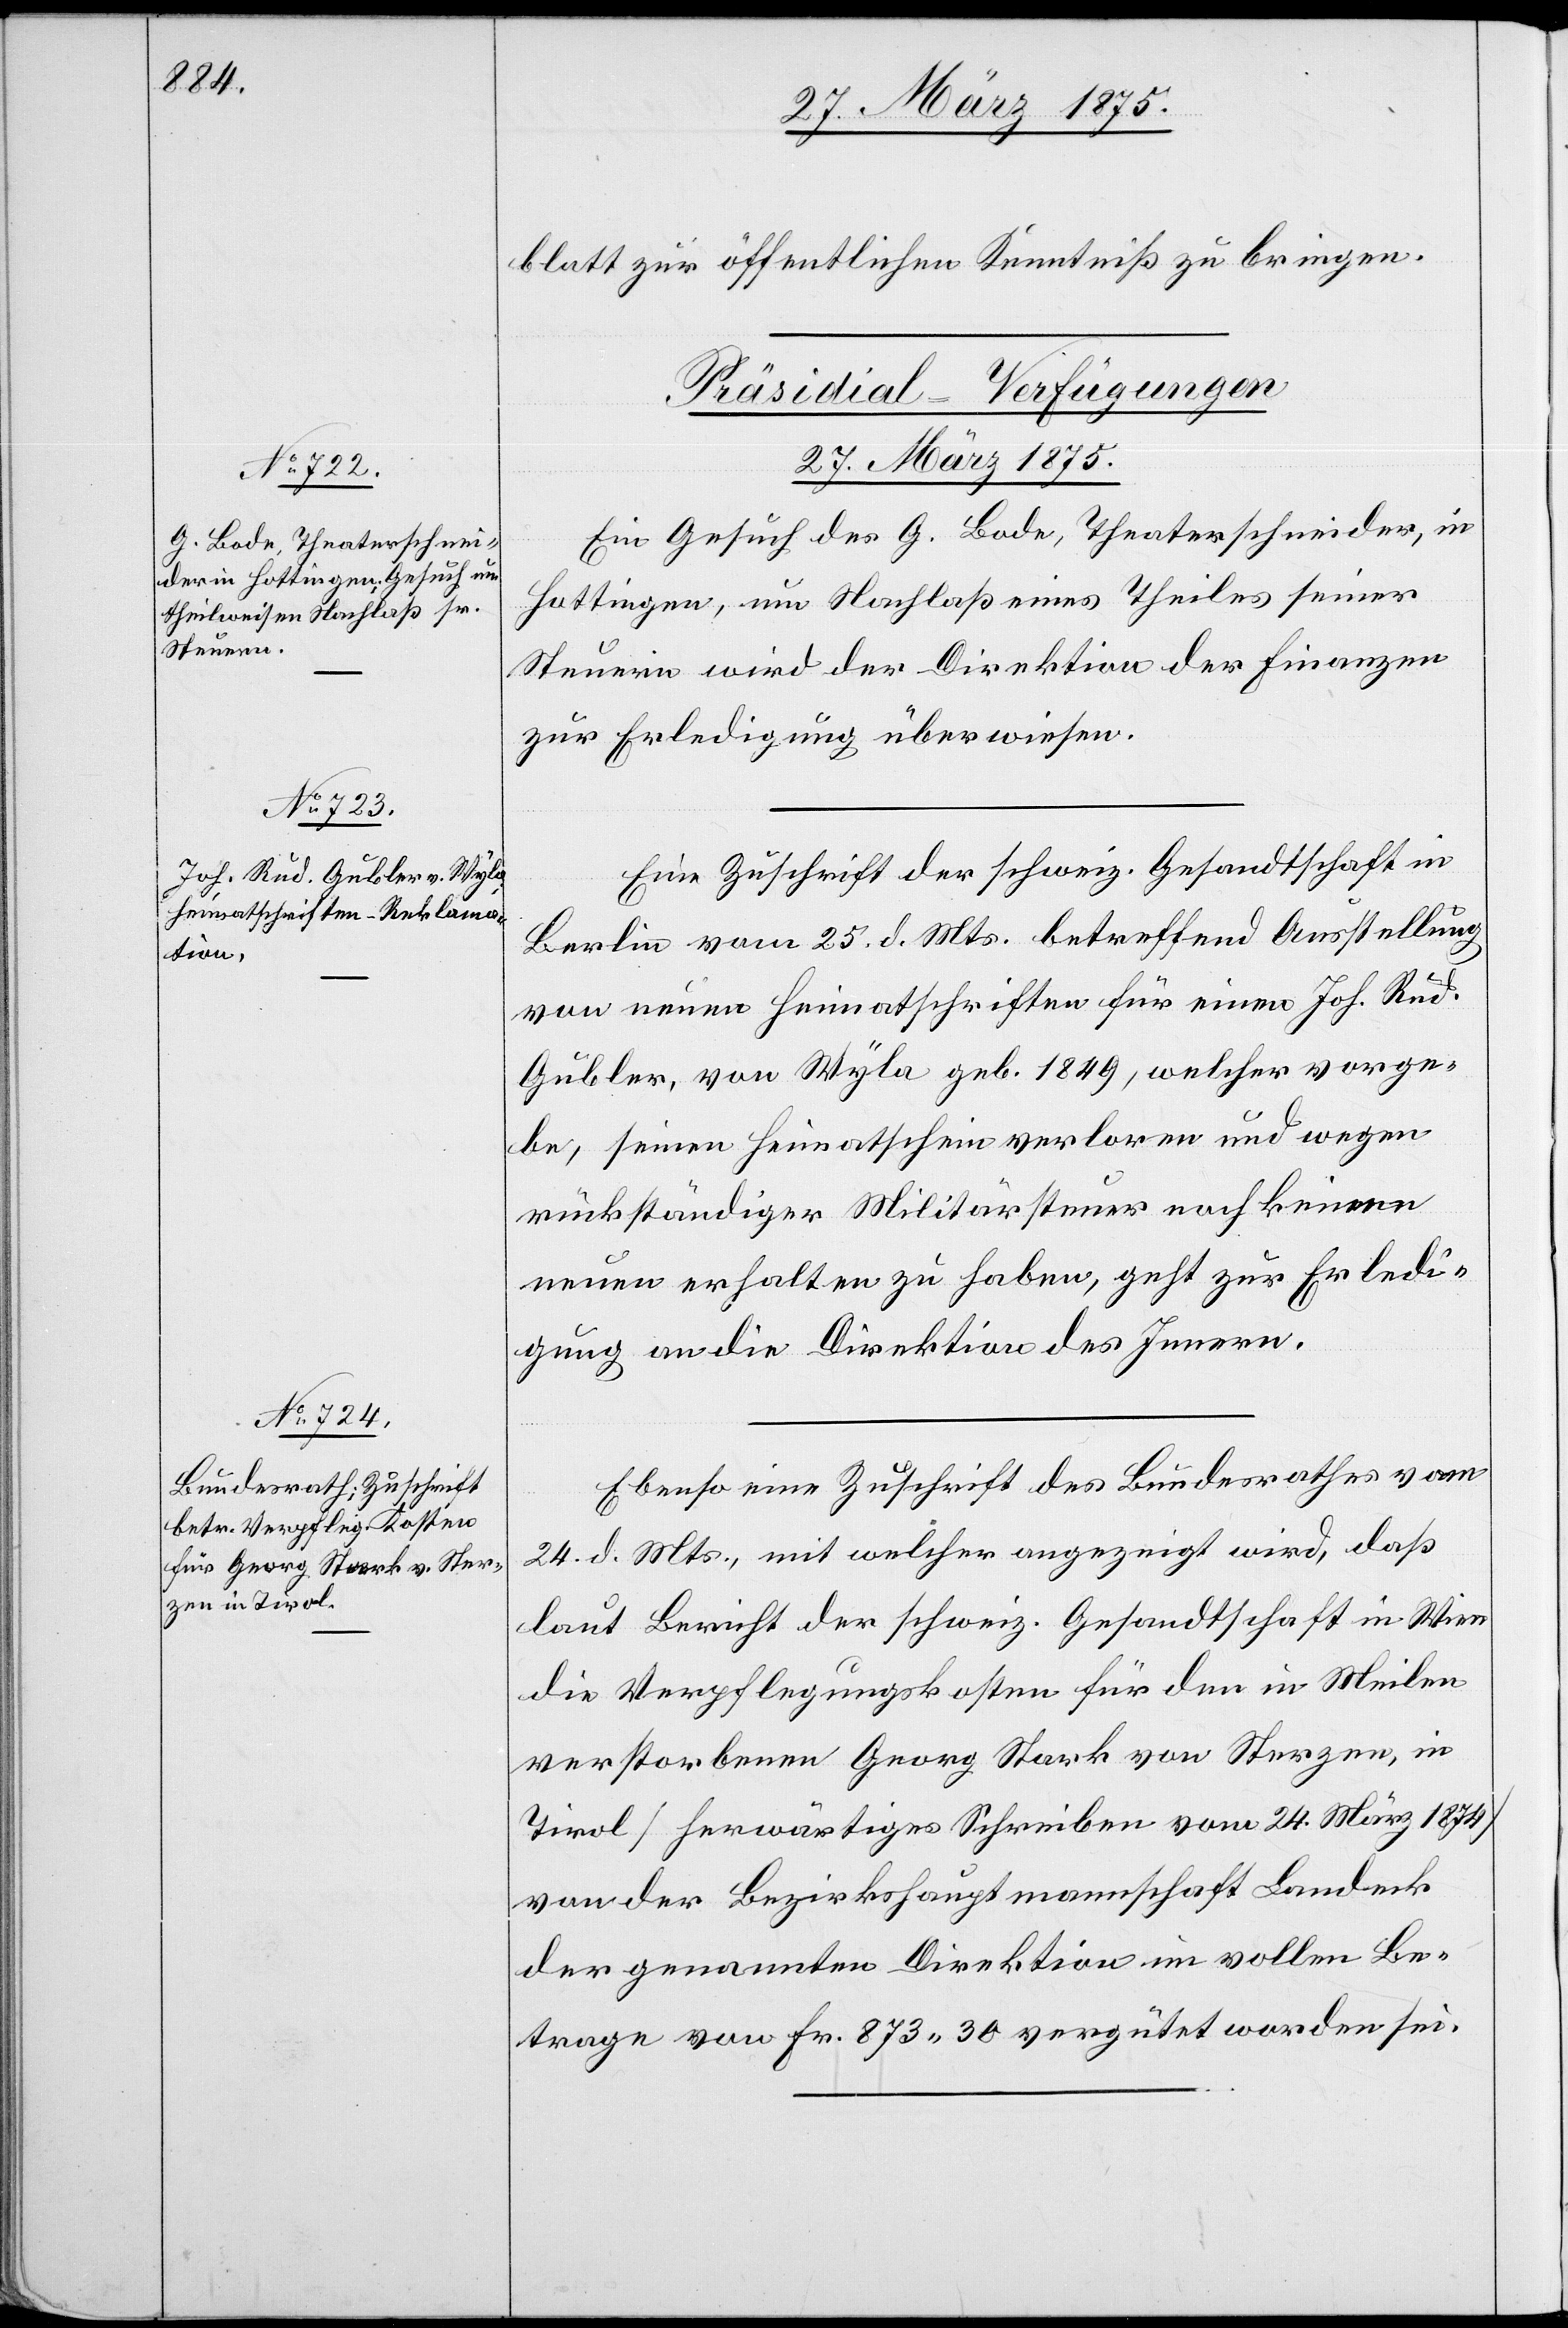
blatt zur öffentlichen Kenntniß zu bringen.
[Präsidial-Verfügungen
27. März 1875.]
Ein Gesuch des G. Lode, Theaterschneider, in
Hottingen, um Nachlaß eines Theiles seiner
Steuern wird der Direktion der Finanzen
zur Erledigung überwiesen.
Eine Zuschrift der schweiz. Gesandtschaft in
Berlin vom 25. d. Mts. betreffend Ausstellung
von neuen Heimatschriften für einen Jos. Rud.
Gubler, von Wyla geb. 1849, welcher vorge¬
be, seinen Heimatschein verloren und wegen
rückständiger Militärsteuer noch keinen
neuen erhalten zu haben, geht zur Erledi¬
gung an die Direktion des Innern.
Ebenso eine Zuschrift des Bundesrathes vom
24. d. Mts., mit welcher angezeigt wird, daß
laut Bericht der schweiz. Gesandtschaft in Wien
die Verpflegungskosten für den in Meilen
verstorbenen Georg Stark von Sterzen, in
Tirol [herwärtiges Schreiben vom 24. März 1874]
von der Bezirkshauptmannschaft Landeck
der genannten Direktion im vollen Be¬
trage von Fr. 873 30 vergütet worden sei.